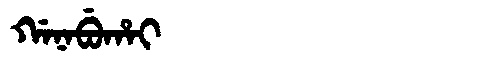
Manchu: ᡤᠠᠨᠠᠪᡠᡥᠠᡳ
Romanization: GANABUHAI